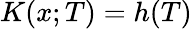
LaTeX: K(x;T)=h(T)